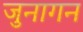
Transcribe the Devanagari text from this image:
जुनागन